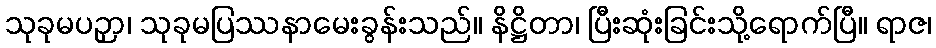
သုခုမပဉှာ၊ သုခုမပြဿနာမေးခွန်းသည်။ နိဋ္ဌိတာ၊ ပြီးဆုံးခြင်းသို့ရောက်ပြီ။ ရာဇ၊